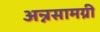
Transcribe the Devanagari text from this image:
अन्नसामग्री